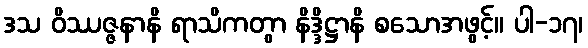
ဒသ ဝိဿဇ္ဇနာနိ ရာသိကတွာ နိဒ္ဒိဋ္ဌာနိ စသောအဖွင့်။ ပါ-၁၇၊